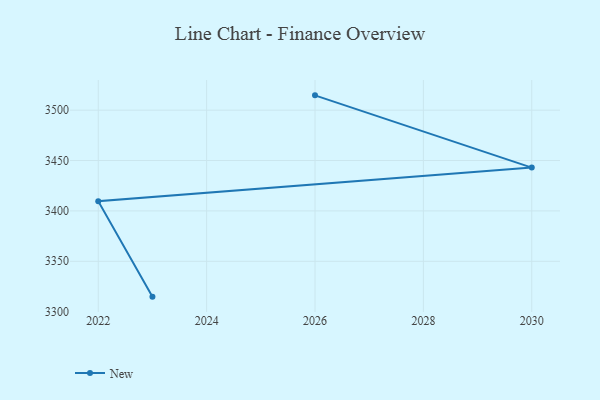
{"axis": {"x": "Year", "y": "LTV (USD)"}, "legend": ["New"], "data": [{"x": "2023", "y": 3314.9, "type": "New"}, {"x": "2022", "y": 3409.6, "type": "New"}, {"x": "2030", "y": 3443.0, "type": "New"}, {"x": "2026", "y": 3514.7, "type": "New"}]}